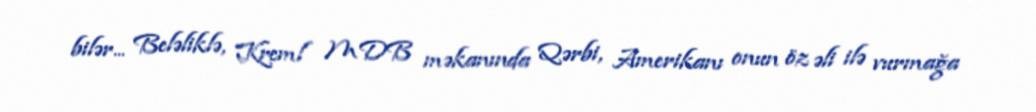
bilər... Beləliklə, Kreml MDB məkanında Qərbi, Amerikanı onun öz əli ilə vurmağa